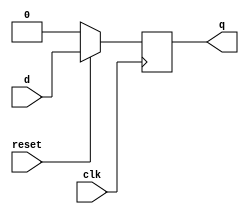
module dff(q,d,clk,reset);
	input d,clk,reset;
	output reg q;
	//Reset is active low and synchronous reset
	initial
	q=1'b0;
	always@(posedge clk)
	begin
		if(reset==1'b0)
			q<=1'b0;
		else
			q<=d;
	end
endmodule